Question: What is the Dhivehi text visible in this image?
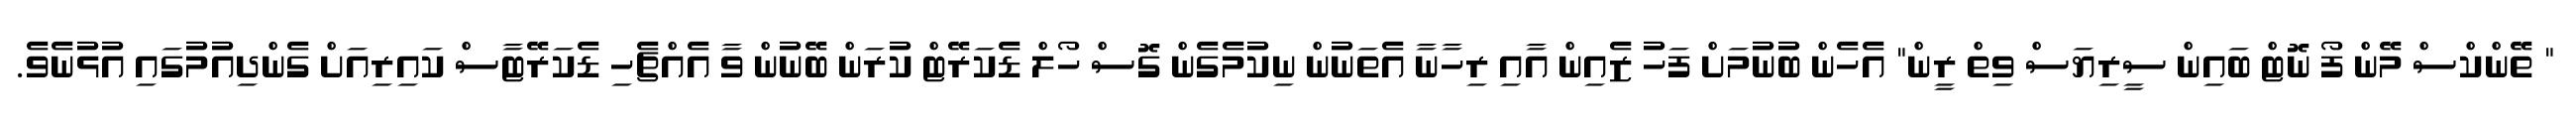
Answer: " ތޭންކްސް މޭން ފޯ ނޮޓް ބައިން ސީރިޔަސް ވިތް ރީން" އެހެން ބުނުމަށް ފަހު ޒެއިން އާއި ރިހާނާ އެތަނުން ނިކުމެގެން ގޮސް ހޯލް ޑެކަރޭޓް ކުރަން ބޭނުން ވާ އެއްޗެހި ޑެކަރޭޓާސް ކައިރިއަށް ގެންދިއުމުގައި އުޅުނެވެ.